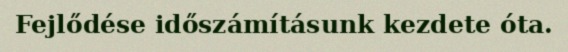
Fejlődése időszámításunk kezdete óta.